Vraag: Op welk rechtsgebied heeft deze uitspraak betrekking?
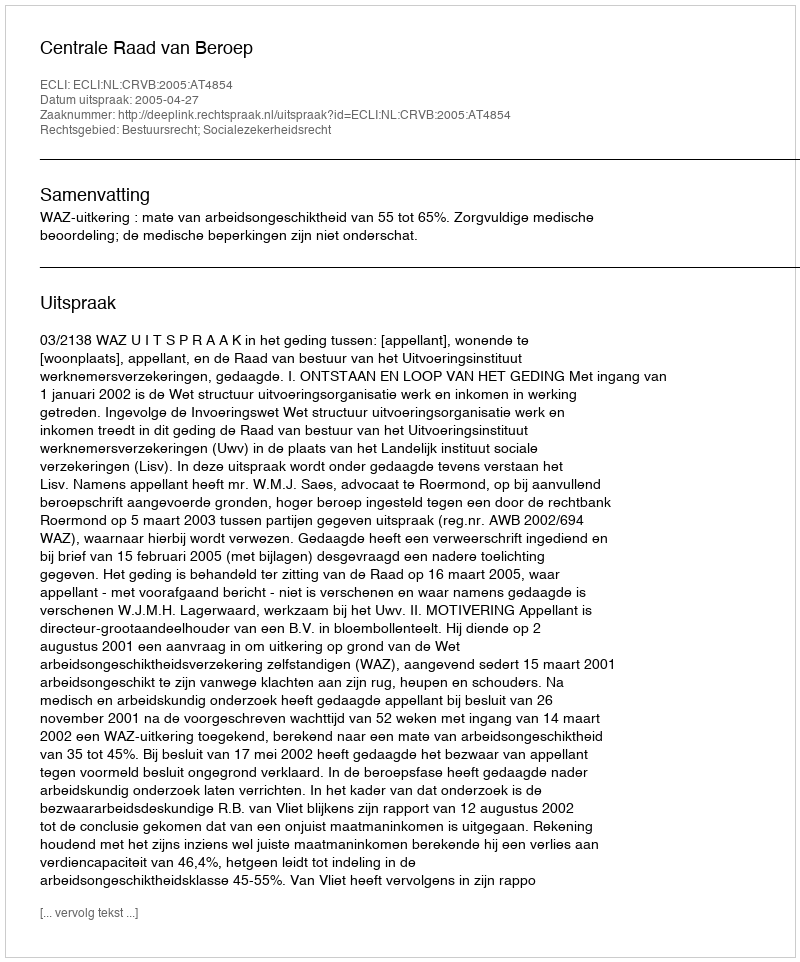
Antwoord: Bestuursrecht; Socialezekerheidsrecht